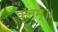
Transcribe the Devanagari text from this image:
कृतम्॥